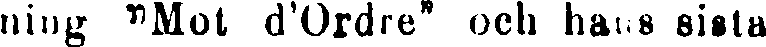
ning "Mot d'Ordre" och hans sista